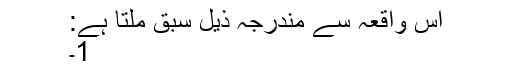
اس واقعہ سے مندرجہ ذیل سبق ملتا ہے:
1۔